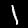
Digit: 1